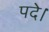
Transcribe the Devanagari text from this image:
पदे।